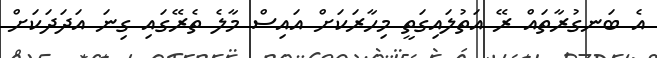
އެ ބަނގުރާތައް ރޭ އަތުލައިގަތީ މިހާރަކަށް އައިސް މާލެ ތެރޭގައި ގިނަ އަދަދަކަށް